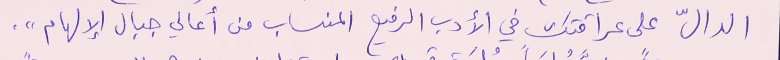
الدالّ على عراقتك في الأدب الرفيع المنساب من أعالي جبال الإلهام".